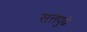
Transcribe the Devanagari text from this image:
सत्तेपुढे